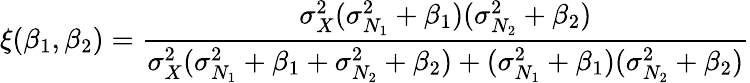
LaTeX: \xi(\beta_{1},\beta_{2})=\frac{\sigma_{X}^{2}(\sigma_{N_{1}}^{2}+\beta_{1})(\sigma_{N_{2}}^{2}+\beta_{2})}{\sigma_{X}^{2}(\sigma_{N_{1}}^{2}+\beta_{1}+\sigma_{N_{2}}^{2}+\beta_{2})+(\sigma_{N_{1}}^{2}+\beta_{1})(\sigma_{N_{2}}^{2}+\beta_{2})}